Code of medical and sanitary regulations for the guidance of medical officers serving in the Madras Presidency - Volume I
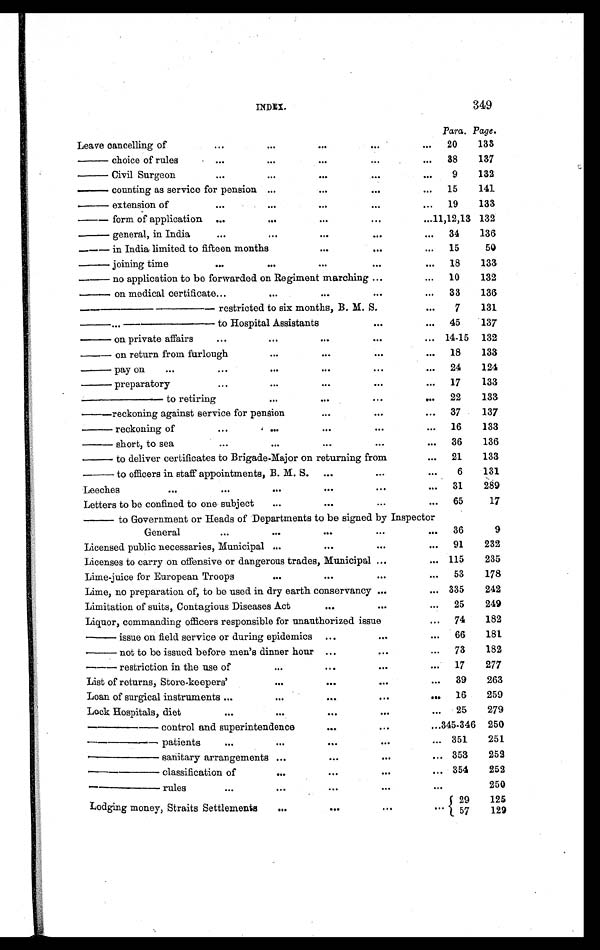
INDEX.
349
Para. Page.
Leave cancelling of
...
...
...
...
... 20
133
—choice of rules
...
...
...
...
... 88
137
—Civil Surgeon
...
...
...
...
...
9
132
—counting as service for pension ...
...
...
... 15
141
— e x t e n s i o n o f
...
...
...
...
... 19
133
—form of application ...
...
...
. . .
... 11,12,13 132
— g e n e r a l , i n I n d i a
...
...
...
. . .
... 34
136
— i n I n d i a l i m i t e d t o f i f t e e n m o n t h s
...
. . .
... 15
50
— j o i n i n g t i m e
...
...
...
. . .
... 18
133
— n o a p p l i c a t i o n t o b e f o r w a r d e d o n R e g i m e n t m a r c h i n g ...
... 10
132
— o n m e d i c a l c e r t i f i c a t e
...
...
...
. . .
... 33
136
——————restricted to six months, B. M. S.
...
7
131
—...———to Hospital Assistants
. . .
... 45
137
— on private affairs
...
...
...
. . .
. . .
14-15 132
—on r et ur n f r om f ur l ough
...
...
. . .
... 18
133
— p a y o n
...
...
...
...
. . .
... 24
124
— preparatory
...
...
...
...
... 17
133
———to retiring
...
...
. . .
. . .22
133
—reckoning against service for pension
...
...
... 37
137
— reckoning of
...
...
...
...
... 16
133
—short, to sea
...
...
...
...
... 36
136
—to deliver certificates to Brigade-Major on returning from
... 21
133
—to officers in staff appointments, B. M. S. ...
...
...
6
131
Leeches
. . .
...
...
...
. . .
. . .
31 289
Letters to be confined to one subject ...
...
...
... 65
17
—to Government or Heads of Departments to be signed by Inspector
General
...
...
...
...
. . .
36
9
Licensed public necessaries, Municipal ...
...
. . .
... 91
232
Licenses to carry on offensive or dangerous trades, Municipal ...
... 115
235
Lime-juice for European Troops
...
...
. . .
... 53
178
Lime, no preparation of, to be used in dry earth conservancy ...
... 335
242
Limitation of suits, Contagious Diseases Act
...
. . .
. . . 25
249
Liquor, commanding officers responsible for unauthorized issue
... 74
182
— i s s u e o n f i e l d s e r v i c e o r d u r i n g e p i d e m i c s ...
...
... 66
181
— n o t t o b e i s s u e d b e f o r e m e n ' s d i n n e r h o u r ...
. . .
... 73
182
— restriction in the use of
...
...
. . .
. . .
17
277
List of returns, Store-keepers'
...
...
. . .
... 89
263
Loan of surgical instruments ...
...
...
...
. . .
16
259
Lock Hospitals, diet
...
...
. . .
...
... 25
279
——— control and superintendence
...
. . .
...345-346 250
——— patients
...
...
. . .
. . .
. . .
351
251
——— sanitary arrangements ...
...
. . .
... 353
252
——— cl assi fi cat i on of
...
...
...
... 354
252
——— rules
...
...
. . .
. . .
. . . 250
Lodging money, Straits Settlements
. . .
. . .
...
... 29 57
125
129